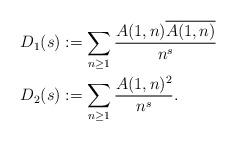
LaTeX: \begin{align*} D_1(s) &:= \sum_{n \geq 1} \frac{A(1,n)\overline{A(1,n)}}{n^s} \\ D_2(s) &:= \sum_{n \geq 1} \frac{A(1,n)^2}{n^s}.\end{align*}